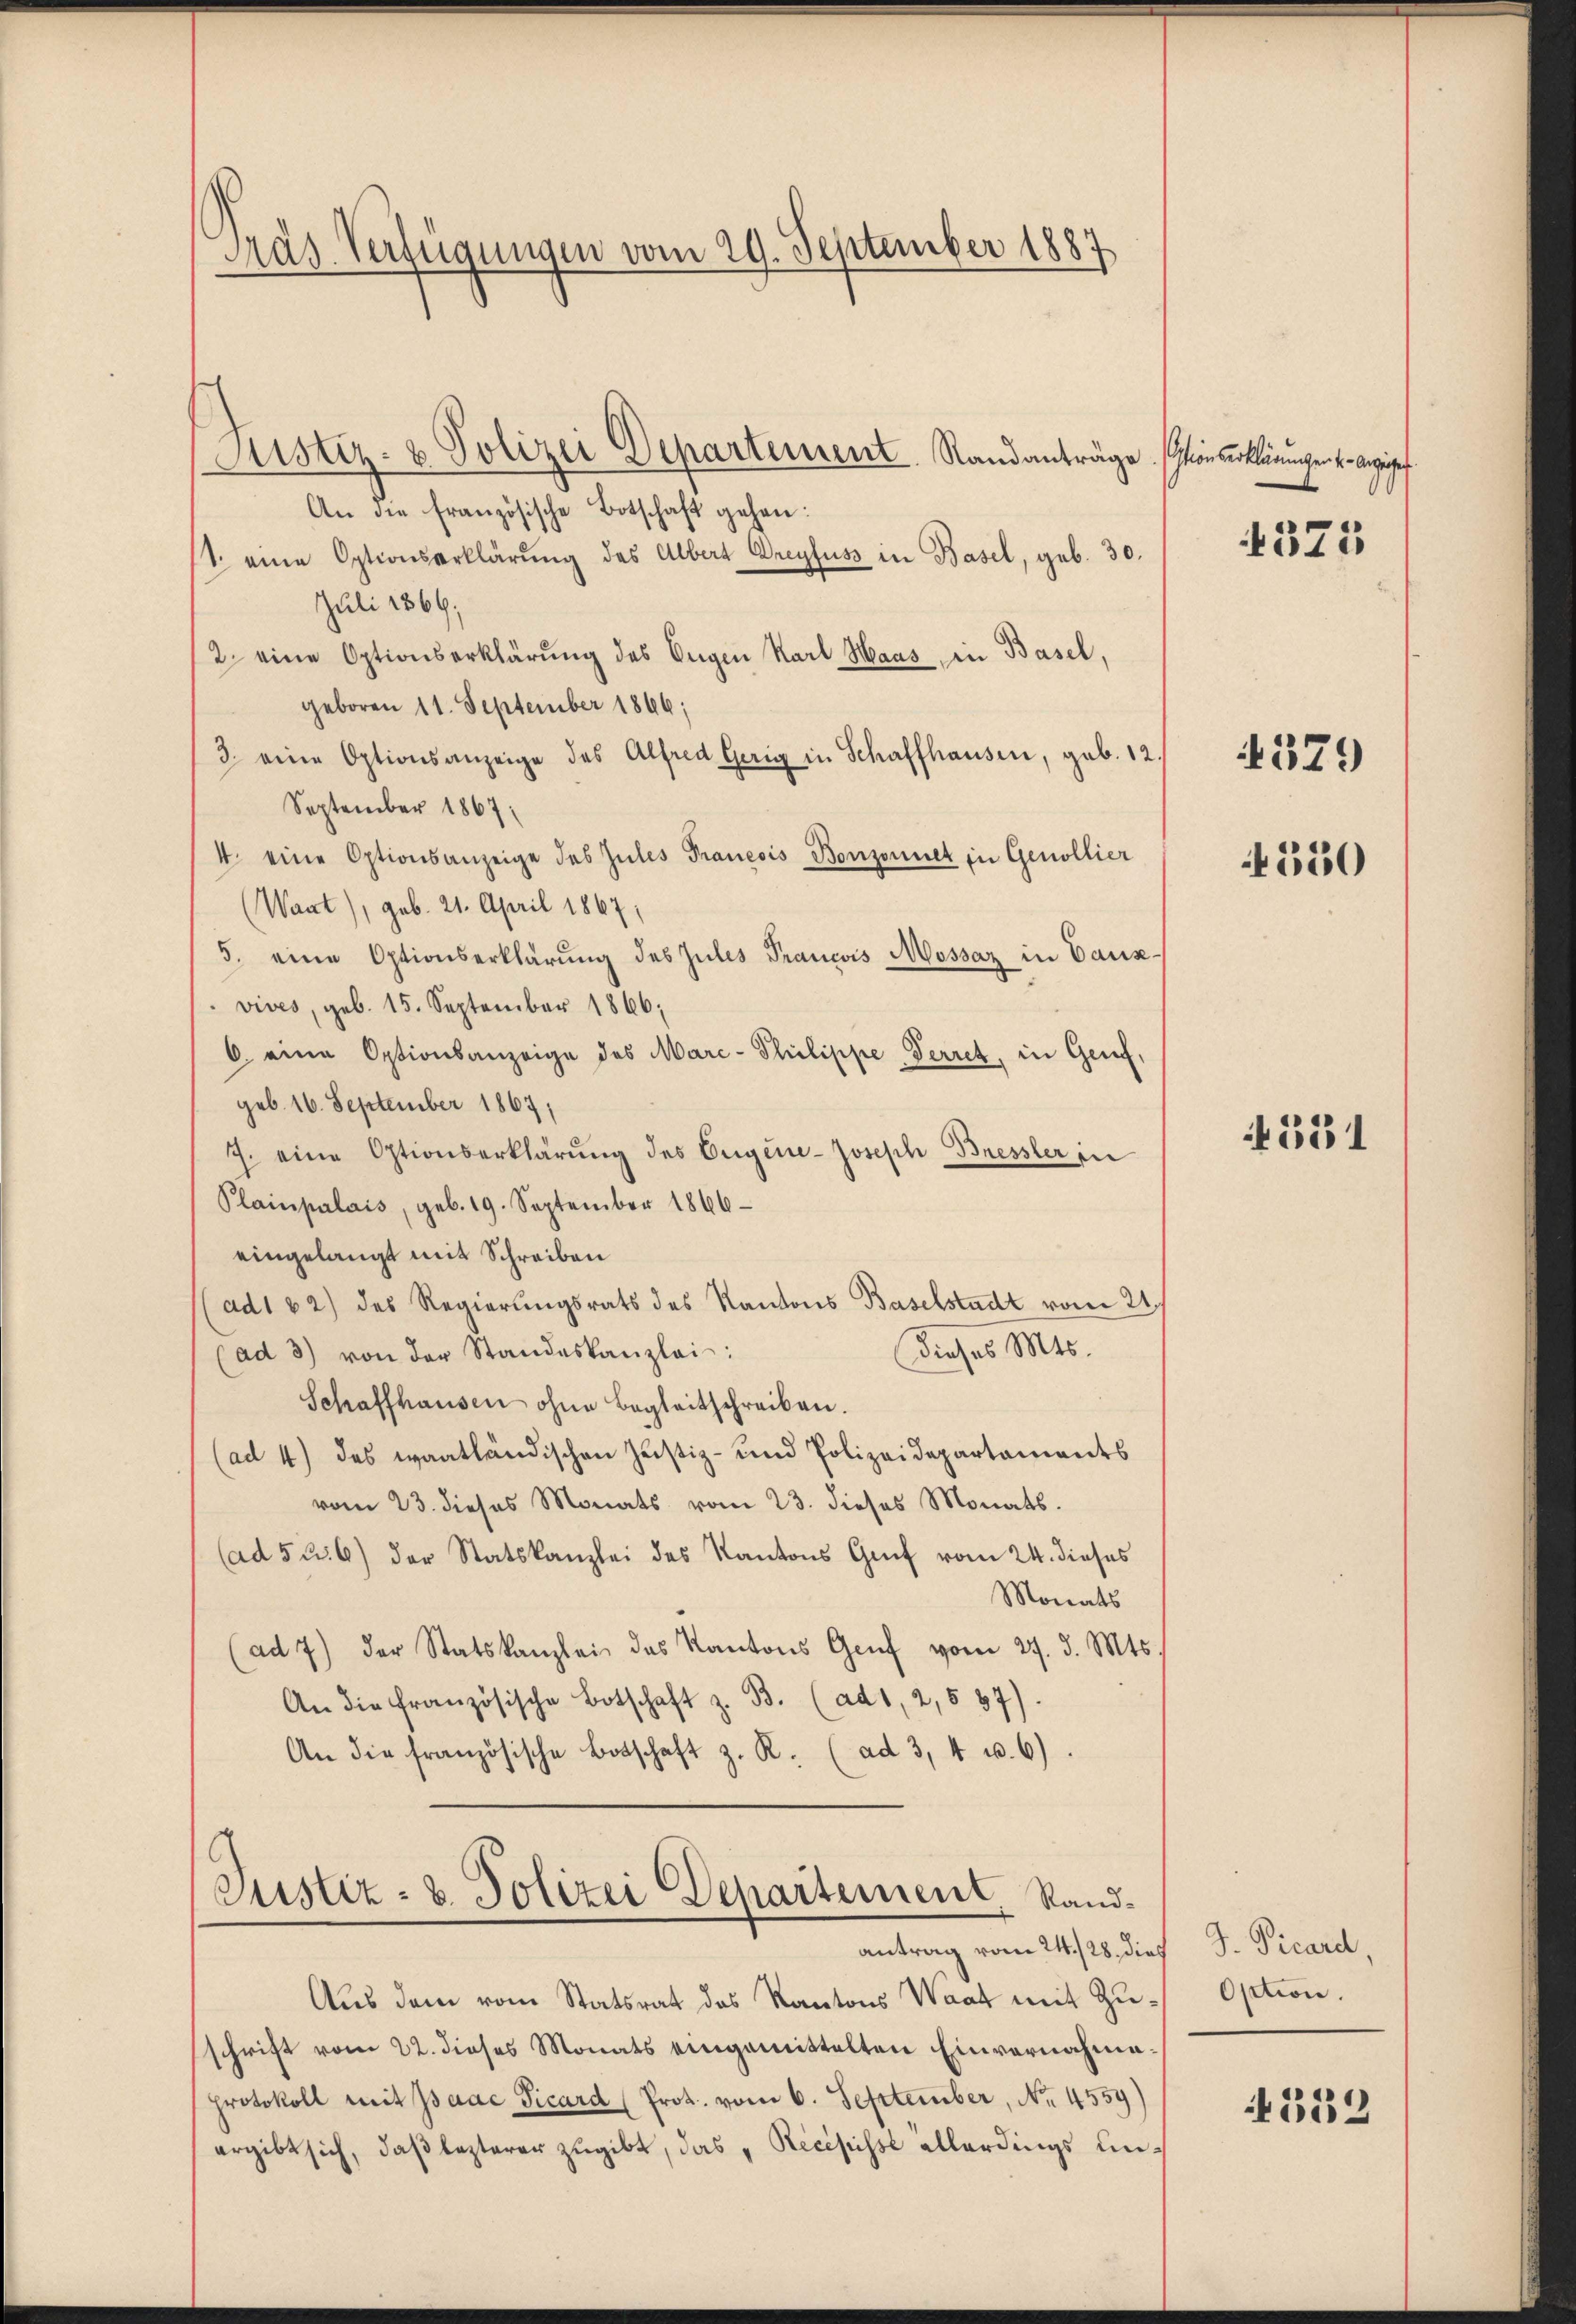
Präs. Verfügungen vom 29. September 1887

Justiz- & Polizei Departement Standanträge. Einserklärungen v. Anzeigef
An die französische Botschaft gehen:
1. eine Optionserklärŭng des Albert Dreyfuss in Basel, geb. 30.
Juli 1869;
/2 eine Optionserklärung des Eigen Karl Maas in Basel,
geboren 11. September 1846;
3. eine Optionsanzeige des Alfred Gerig in Schaffhausen, geb. 12.
September 1867
4. eine Optionsanzeige des Zules Praneois Bonzonnet in Genollier
(Want), geb. 21. April 1867;
5. eine Optionserklärung des Zules Prancois Mossaz in Causvives, geb. 15. September 1866;
6 eine Optionsanzeige des Marc- Philippe Verret, in Genf,
geb. 16. September 1867;
7. eine Optionserklärung des Eigene-Joseph Bressler in
Plainpalais, geb. 19. September 1866
eingelangt mit Schreiben
ad162) des Regierungsrats des Kantons Baselstadt vom 21.
Dieses Mts.
(ad 3) von der Standeskanzlei:
Schaffhausen ohne Begleitschreiben.
ad 4) das waatländischen Justiz- und Polizeidepartaments
vom 23. dieses Monats vom 23. dieses Monats.
(ad 526) der Statskanzlei des Kantons Graf vom 24. dieses
Monats
(ad 7) der Statskanzlei des Kantons Grŭf vom 27. d. Mts.
An die französische Botschaft z. B. (ad 1, 2, 537).
An die französische Botschaft z. R. (ad 3, 4 u. 6)

Aus dem vom Statsrat des Kantons Waat mit Zuschrift vom 22. dieses Monats eingemittelten Einvernahmeprotokoll mit Isaac Vicard (Prot. vom 6. September, No. 4559)
ergibt sich, daß lezterer zugibt, das „Recepisse allerdings un¬

Justiz- & Polizei Departement, Randantrag vom 24./28. dieß

373

4579

4550

4551

J. Vicard,
Option.

332